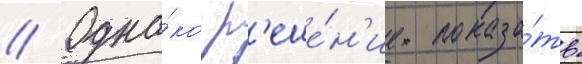
// Одна́ко р'еше́н'ие показа́ть